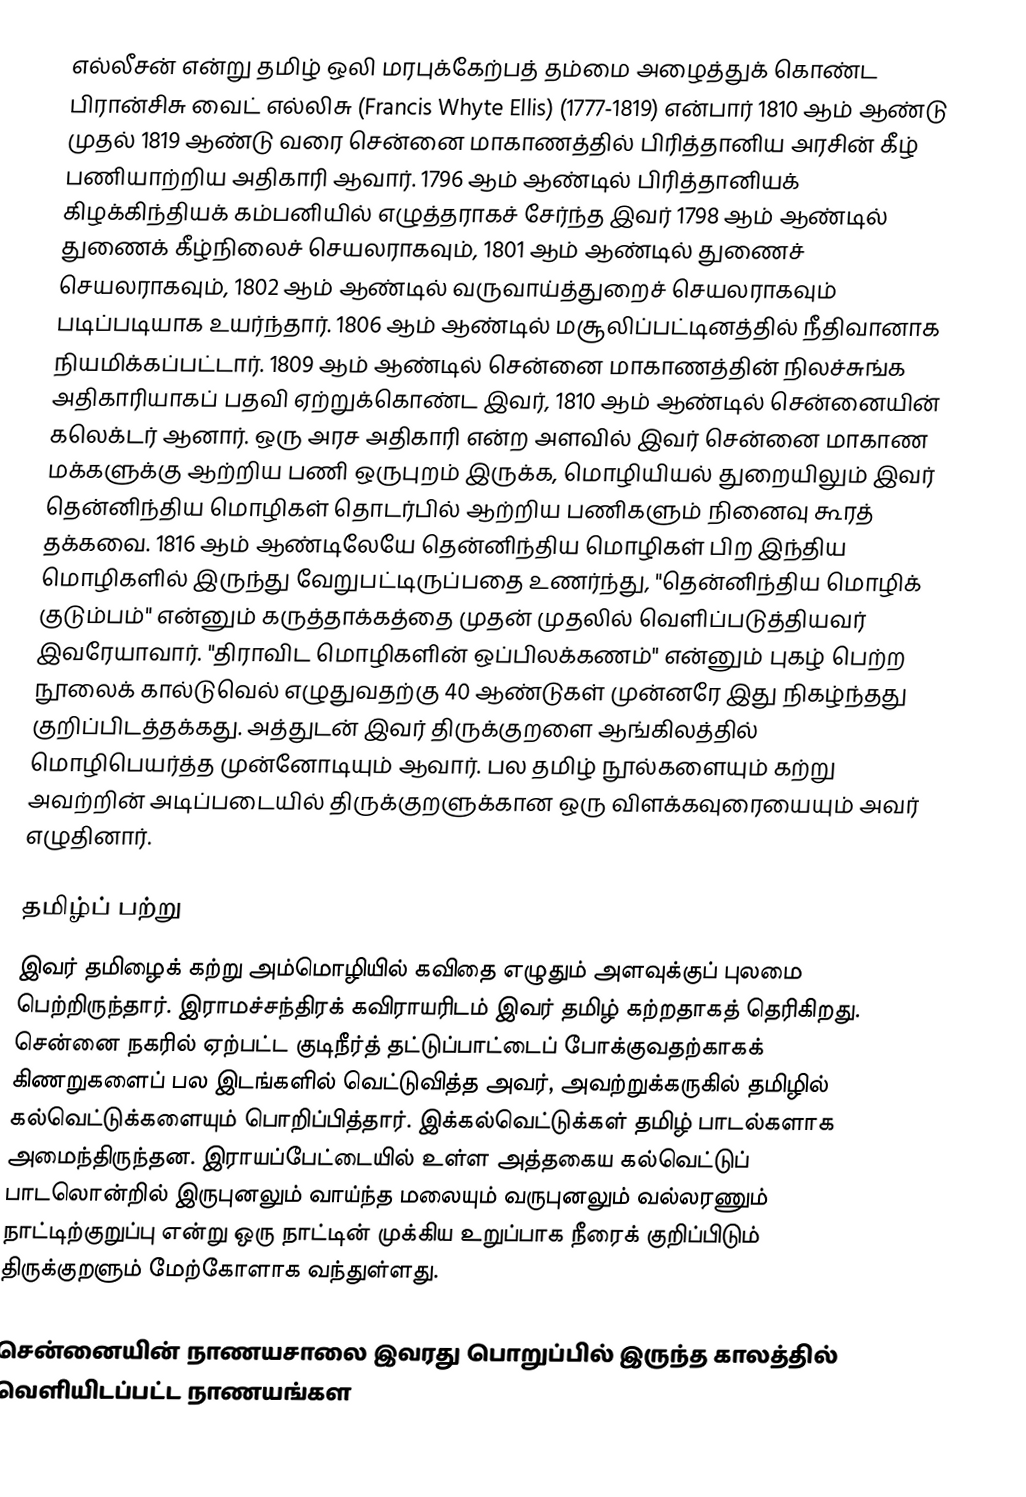
எல்லீசன் என்று தமிழ் ஒலி மரபுக்கேற்பத் தம்மை அழைத்துக் கொண்ட பிரான்சிசு வைட் எல்லிசு (Francis Whyte Ellis) (1777-1819) என்பார் 1810 ஆம் ஆண்டு முதல் 1819 ஆண்டு வரை சென்னை மாகாணத்தில் பிரித்தானிய அரசின் கீழ் பணியாற்றிய அதிகாரி ஆவார். 1796 ஆம் ஆண்டில் பிரித்தானியக் கிழக்கிந்தியக் கம்பனியில் எழுத்தராகச் சேர்ந்த இவர் 1798 ஆம் ஆண்டில் துணைக் கீழ்நிலைச் செயலராகவும், 1801 ஆம் ஆண்டில் துணைச் செயலராகவும், 1802 ஆம் ஆண்டில் வருவாய்த்துறைச் செயலராகவும் படிப்படியாக உயர்ந்தார். 1806 ஆம் ஆண்டில் மசூலிப்பட்டினத்தில் நீதிவானாக நியமிக்கப்பட்டார். 1809 ஆம் ஆண்டில் சென்னை மாகாணத்தின் நிலச்சுங்க அதிகாரியாகப் பதவி ஏற்றுக்கொண்ட இவர், 1810 ஆம் ஆண்டில் சென்னையின் கலெக்டர் ஆனார். ஒரு அரச அதிகாரி என்ற அளவில் இவர் சென்னை மாகாண மக்களுக்கு ஆற்றிய பணி ஒருபுறம் இருக்க, மொழியியல் துறையிலும் இவர் தென்னிந்திய மொழிகள் தொடர்பில் ஆற்றிய பணிகளும் நினைவு கூரத் தக்கவை. 1816 ஆம் ஆண்டிலேயே தென்னிந்திய மொழிகள் பிற இந்திய மொழிகளில் இருந்து வேறுபட்டிருப்பதை உணர்ந்து, "தென்னிந்திய மொழிக் குடும்பம்" என்னும் கருத்தாக்கத்தை முதன் முதலில் வெளிப்படுத்தியவர் இவரேயாவார். "திராவிட மொழிகளின் ஒப்பிலக்கணம்" என்னும் புகழ் பெற்ற நூலைக் கால்டுவெல் எழுதுவதற்கு 40 ஆண்டுகள் முன்னரே இது நிகழ்ந்தது குறிப்பிடத்தக்கது. அத்துடன் இவர் திருக்குறளை ஆங்கிலத்தில் மொழிபெயர்த்த முன்னோடியும் ஆவார். பல தமிழ் நூல்களையும் கற்று அவற்றின் அடிப்படையில் திருக்குறளுக்கான ஒரு விளக்கவுரையையும் அவர் எழுதினார்.

தமிழ்ப் பற்று
இவர் தமிழைக் கற்று அம்மொழியில் கவிதை எழுதும் அளவுக்குப் புலமை பெற்றிருந்தார். இராமச்சந்திரக் கவிராயரிடம் இவர் தமிழ் கற்றதாகத் தெரிகிறது. சென்னை நகரில் ஏற்பட்ட குடிநீர்த் தட்டுப்பாட்டைப் போக்குவதற்காகக் கிணறுகளைப் பல இடங்களில் வெட்டுவித்த அவர், அவற்றுக்கருகில் தமிழில் கல்வெட்டுக்களையும் பொறிப்பித்தார். இக்கல்வெட்டுக்கள் தமிழ் பாடல்களாக அமைந்திருந்தன. இராயப்பேட்டையில் உள்ள அத்தகைய கல்வெட்டுப் பாடலொன்றில் இருபுனலும் வாய்ந்த மலையும் வருபுனலும் வல்லரணும் நாட்டிற்குறுப்பு என்று ஒரு நாட்டின் முக்கிய உறுப்பாக நீரைக் குறிப்பிடும் திருக்குறளும் மேற்கோளாக வந்துள்ளது.

சென்னையின் நாணயசாலை இவரது பொறுப்பில் இருந்த காலத்தில் வெளியிடப்பட்ட நாணயங்கள